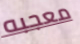
معجبه